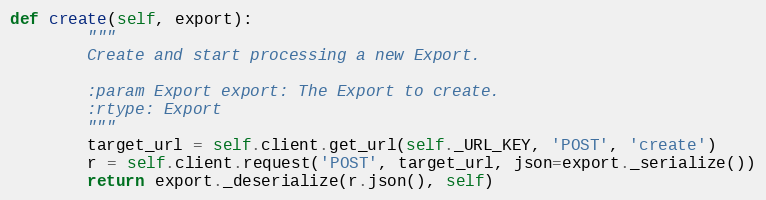
Language: Python
def create(self, export):
        """
        Create and start processing a new Export.

        :param Export export: The Export to create.
        :rtype: Export
        """
        target_url = self.client.get_url(self._URL_KEY, 'POST', 'create')
        r = self.client.request('POST', target_url, json=export._serialize())
        return export._deserialize(r.json(), self)